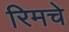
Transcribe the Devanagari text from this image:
रिमचे